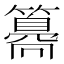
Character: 𥵸